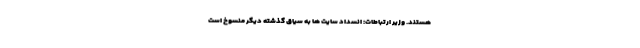
هستند. وزیر ارتباطات: انسداد سایت ها به سیاق گذشته دیگر منسوخ است